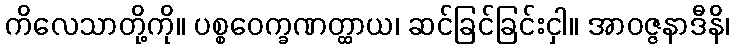
ကိလေသာတို့ကို။ ပစ္စဝေက္ခဏတ္ထာယ၊ ဆင်ခြင်ခြင်းငှါ။ အာဝဇ္ဇနာဒီနိ၊